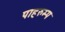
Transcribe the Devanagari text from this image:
पाहरुम्प